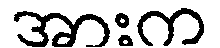
အားက